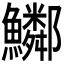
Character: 𩽂